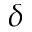
\delta